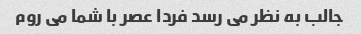
جالب به نظر می رسد فردا عصر با شما می روم